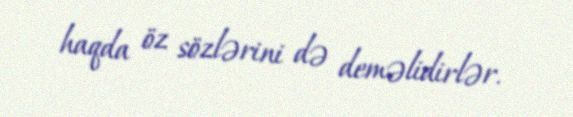
haqda öz sözlərini də deməlidirlər.